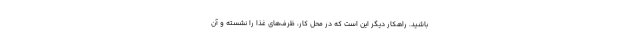
باشید. راهکار دیگر این است که در محل کار، ظرف‌های غذا را نشسته و آن